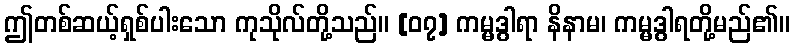
ဤတစ်ဆယ့်ရှစ်ပါးသော ကုသိုလ်တို့သည်။ [၀၇] ကမ္မဒွါရာ နိနာမ၊ ကမ္မဒွါရတို့မည်၏။